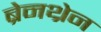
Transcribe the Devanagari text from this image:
ब्रेनथ्रेन